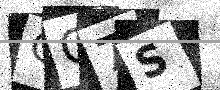
Text: OC7S